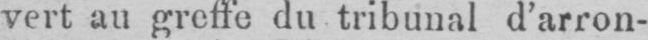
vert au greffe du tribunal d’arron-